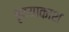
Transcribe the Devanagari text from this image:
हृदयाकाश